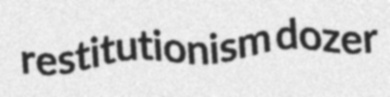
restitutionism dozer